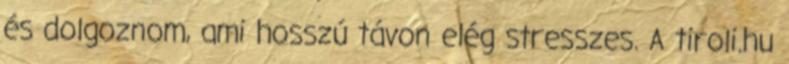
és dolgoznom, ami hosszú távon elég stresszes. A tiroli.hu